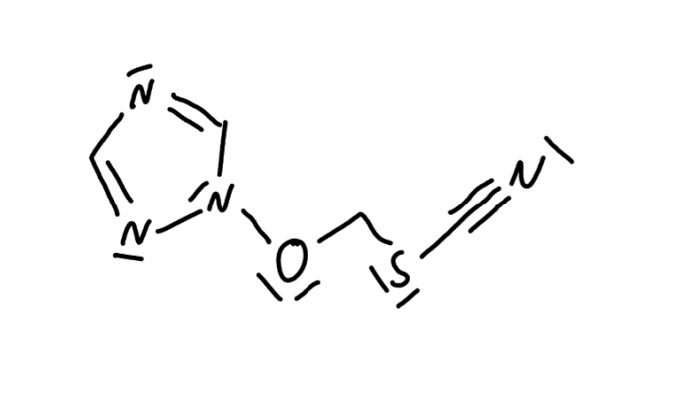
Simplified molecular-input line-entry system (SMILES) notation of the given molecule:
C1=NN(C=N1)OCSC#N